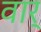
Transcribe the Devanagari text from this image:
वार्